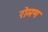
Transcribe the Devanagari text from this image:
रोमण